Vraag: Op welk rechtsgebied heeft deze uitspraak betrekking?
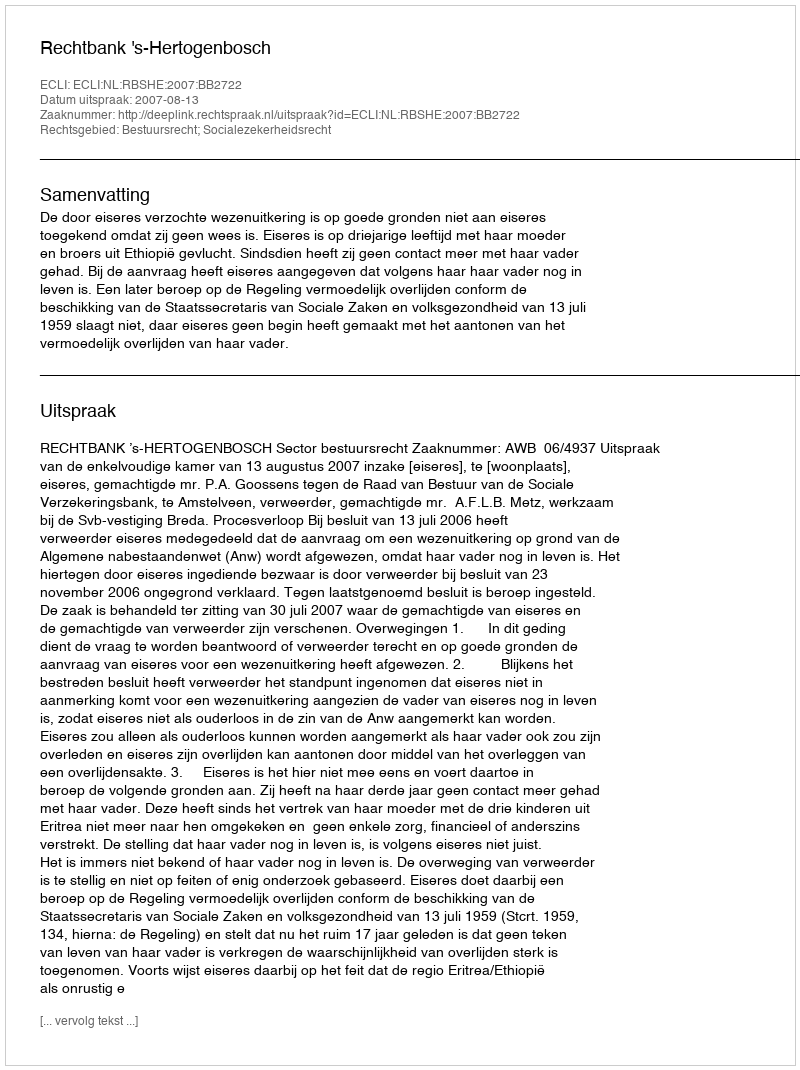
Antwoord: Bestuursrecht; Socialezekerheidsrecht